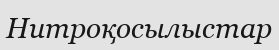
Нитроқосылыстар